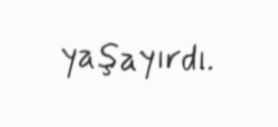
yaşayırdı.